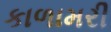
કાળામરી